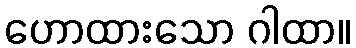
ဟောထားသော ဂါထာ။